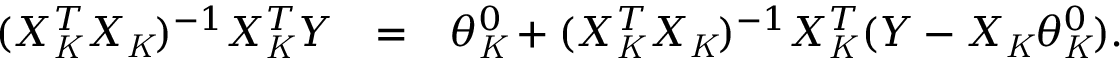
\begin{array} { r l r } { ( X _ { \mathit { K } } ^ { T } X _ { \mathit { K } } ) ^ { - 1 } X _ { \mathit { K } } ^ { T } Y } & { = } & { \theta _ { \mathit { K } } ^ { 0 } + ( X _ { \mathit { K } } ^ { T } X _ { \mathit { K } } ) ^ { - 1 } X _ { \mathit { K } } ^ { T } ( Y - X _ { \mathit { K } } \theta _ { \mathit { K } } ^ { 0 } ) . } \end{array}